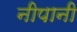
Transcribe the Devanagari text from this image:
नीपानी